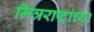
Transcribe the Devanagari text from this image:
मित्रराष्ट्रांच्या